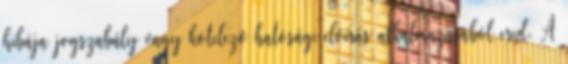
hibája jogszabály vagy kötelező hatósági előírás alkalmazásából ered. A